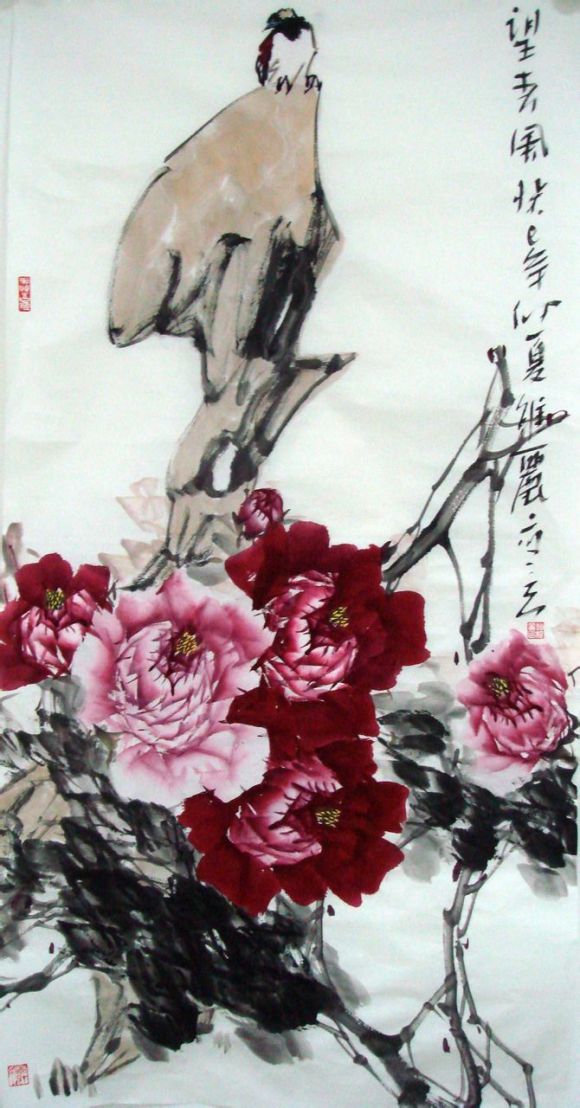
食必常饱，然后求美衣必常暖，然后求丽